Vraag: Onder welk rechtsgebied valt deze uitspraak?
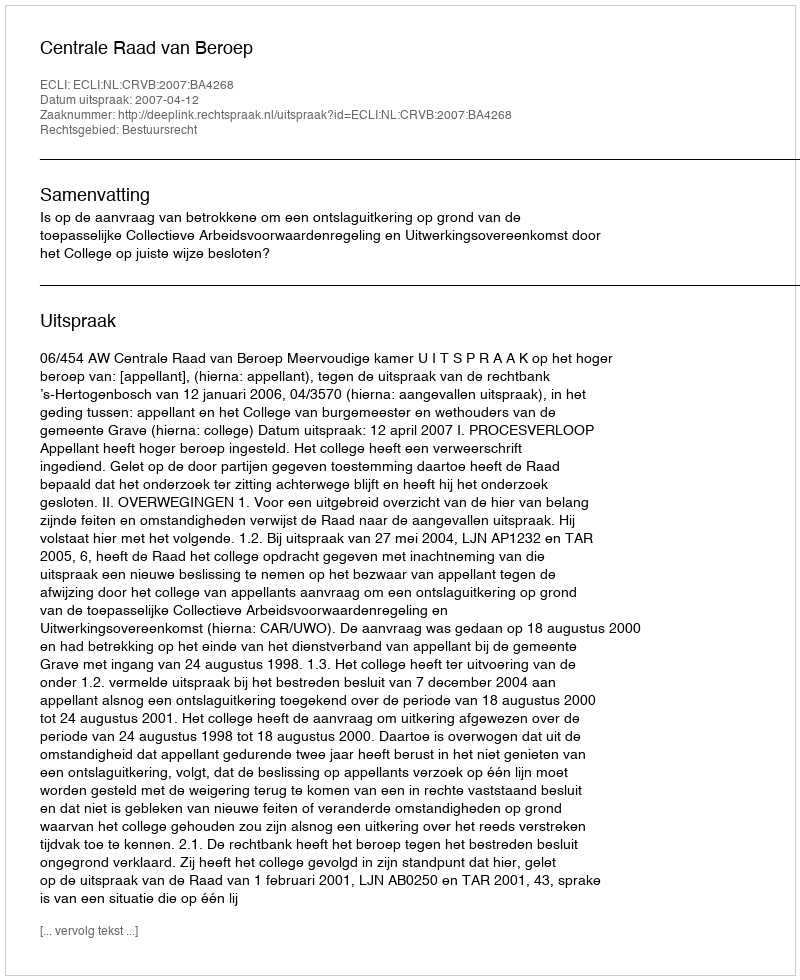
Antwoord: Bestuursrecht